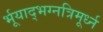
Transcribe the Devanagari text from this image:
र्भूयाद्भग्नत्रिमूर्ध्न